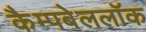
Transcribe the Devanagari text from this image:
कैम्पबेललॉक